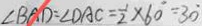
\angle B A D = \angle D A C = \frac { 1 } { 2 } \times 6 0 ^ { \circ } = 3 0 ^ { \circ }